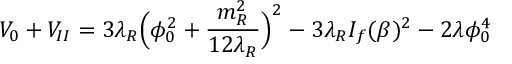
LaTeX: V _ { 0 } + V _ { I I } = 3 \lambda _ { R } \Big ( \phi _ { 0 } ^ { 2 } + \frac { m _ { R } ^ { 2 } } { 1 2 \lambda _ { R } } \Big ) ^ { 2 } - 3 \lambda _ { R } I _ { f } ( \beta ) ^ { 2 } - 2 \lambda \phi _ { 0 } ^ { 4 }